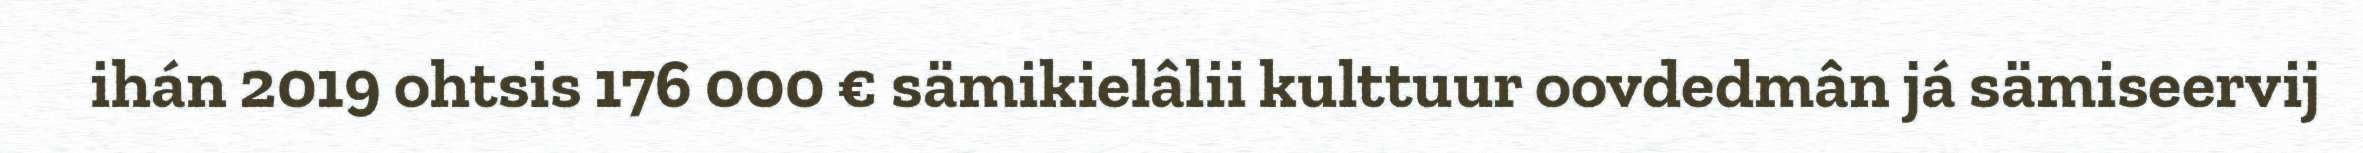
ihán 2019 ohtsis 176 000 € sämikielâlii kulttuur oovdedmân já sämiseervij